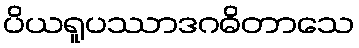
ပိယရူပဿာဒဂဓိတာသေ